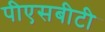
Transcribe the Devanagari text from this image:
पीएसबीटी